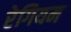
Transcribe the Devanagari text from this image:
रेगियम